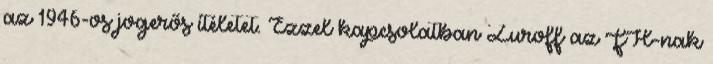
az 1946-os jogerős ítéletet. Ezzel kapcsolatban Zuroff az FH-nak